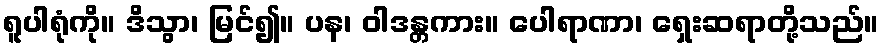
ရူပါရုံကို။ ဒိသွာ၊ မြင်၍။ ပန၊ ဝါဒန္တကား။ ပေါရာဏာ၊ ရှေးဆရာတို့သည်။